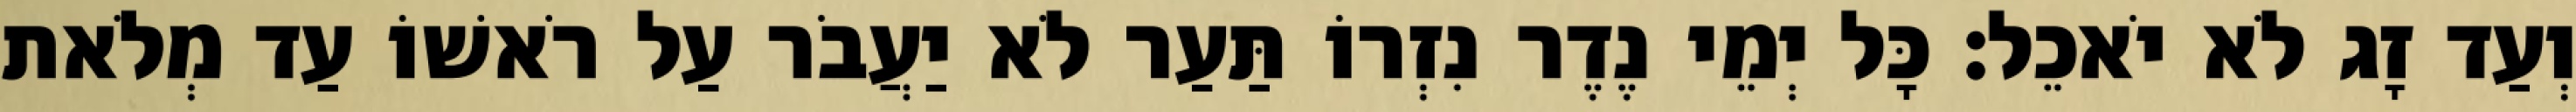
וְעַד זָג לֹא יֹאכֵל׃ כָּל יְמֵי נֶדֶר נִזְרוֹ תַּעַר לֹא יַעֲבֹר עַל רֹאשׁוֹ עַד מְלֹאת